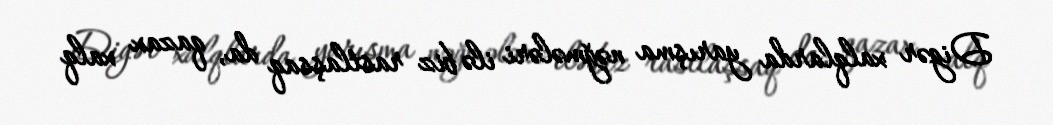
Digər xalqlarda yarışma nəğmələri ilə biz rastlaşsaq da, qazax xalq